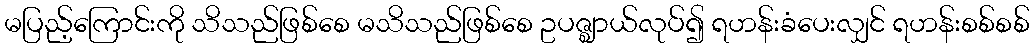
မပြည့်ကြောင်းကို သိသည်ဖြစ်စေ မသိသည်ဖြစ်စေ ဥပဇ္ဈာယ်လုပ်၍ ရဟန်းခံပေးလျှင် ရဟန်းစစ်စစ်